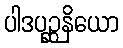
ပါဒပုဉ္ဆနိယော